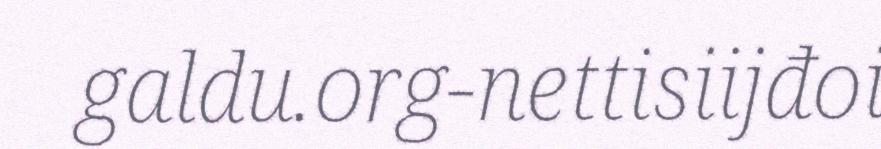
galdu.org-nettisiijđoi